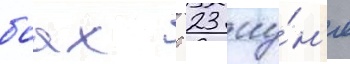
боах с 23 иу́н'я